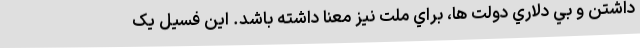
داشتن و بي دلاري دولت ها، براي ملت نيز معنا داشته باشد. این فسیل یک